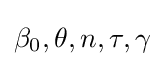
\beta _{0},\theta ,n,\tau ,\gamma